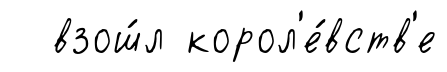
взош́л корол'е́вств'е